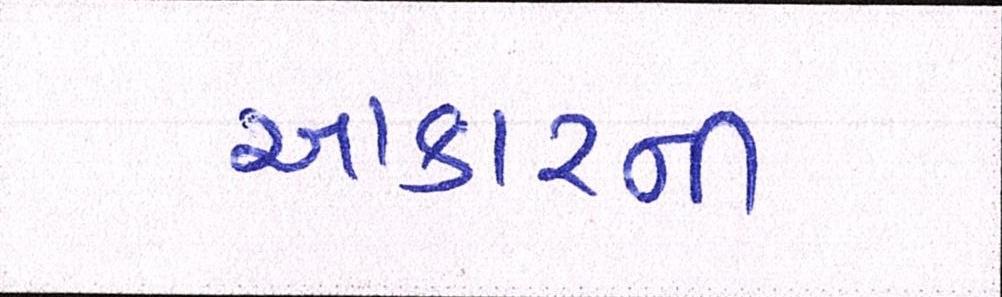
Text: આકારની